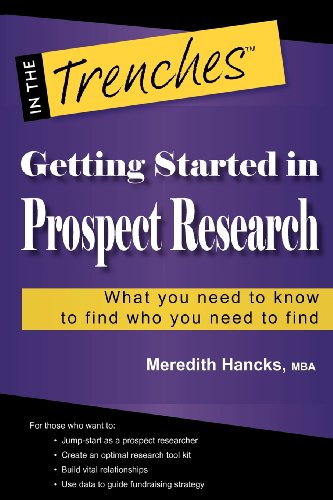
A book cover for Getting Started in Prospect Research: What You Need to Know to Find Who You Need to Find (In the Trenches); Meredith L. Hancks; Politics & Social Sciences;